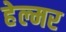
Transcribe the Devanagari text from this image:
हेल्मर